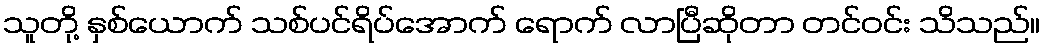
သူတို့ နှစ်ယောက် သစ်ပင်ရိပ်အောက် ရောက် လာပြီဆိုတာ တင်ဝင်း သိသည်။